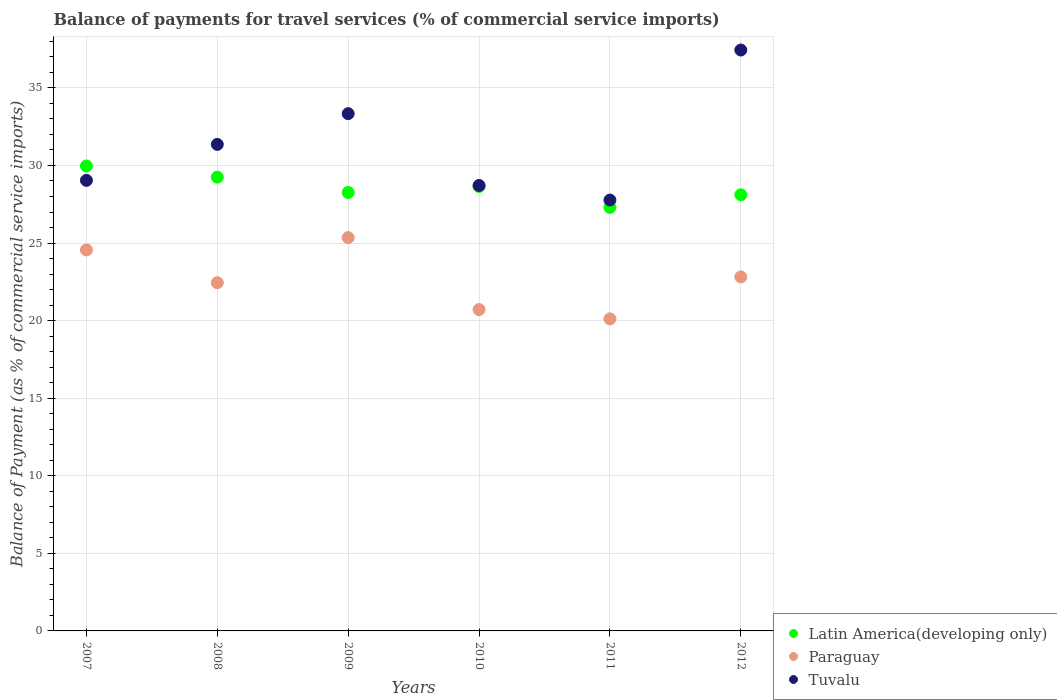
| Years | Latin America(developing only) | Paraguay | Tuvalu |
 | --- | --- | --- | --- |
 | 2007 | 30 | 24.6 | 29 |
 | 2008 | 29.2 | 22.4 | 31.4 |
 | 2009 | 28.3 | 25.3 | 33.3 |
 | 2010 | 28.6 | 20.7 | 28.7 |
 | 2011 | 27.3 | 20.1 | 27.8 |
 | 2012 | 28.1 | 22.8 | 37.4 |